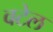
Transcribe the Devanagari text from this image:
वटेल